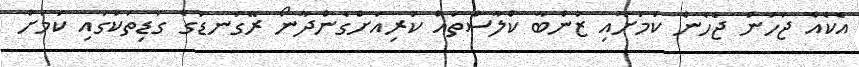
އެކެއް ޖަހަން ޖެހެން ކަމަށާއި ޒުންބާ ކްލާސްތައް ކުރިއަށްގެންދާނޯ ރޭގަނޑުގެ ގަޑިތަކުގައި ކަމަށް